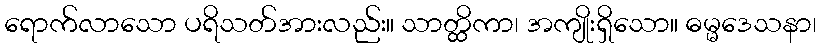
ရောက်လာသော ပရိသတ်အားလည်း။ သာတ္ထိကာ၊ အကျိုးရှိသော။ ဓမ္မဒေသနာ၊